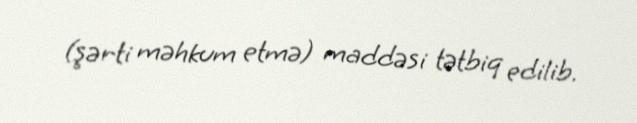
(şərti məhkum etmə) maddəsi tətbiq edilib.